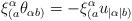
LaTeX: \begin{align*}\xi^{\alpha}_{(a}\theta_{\alpha b)} = -\xi^{\alpha}_{(a}u_{|\alpha | b)}\end{align*}